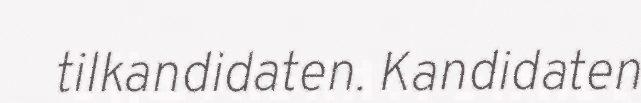
tilkandidaten. Kandidaten